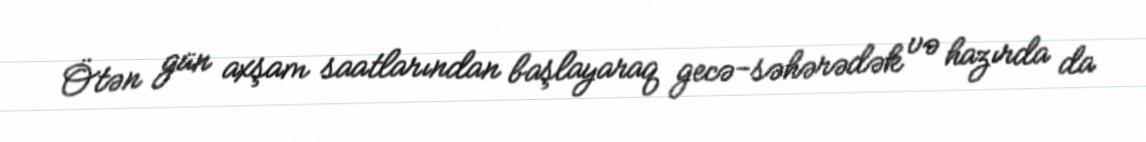
Ötən gün axşam saatlarından başlayaraq gecə-səhərədək və hazırda da